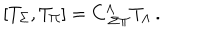
LaTeX: \left[ T _ { \Sigma } , T _ { \Pi } \right] = C _ { \ \Sigma \Pi } ^ { \Lambda } T _ { \Lambda } \, .